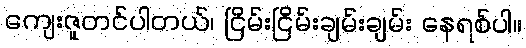
ကျေးဇူတင်ပါတယ်၊ ငြိမ်းငြိမ်းချမ်းချမ်း နေရစ်ပါ။